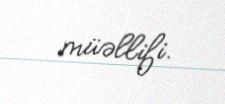
müəllifi.